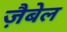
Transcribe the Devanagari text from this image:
ज़ैबेल